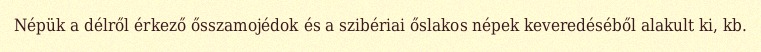
Népük a délről érkező ősszamojédok és a szibériai őslakos népek keveredéséből alakult ki, kb.